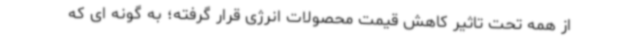
از همه تحت تاثیر کاهش قیمت محصولات انرژی قرار گرفته؛ به گونه ای که